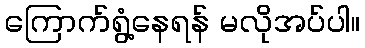
ကြောက်ရွံ့နေရန် မလိုအပ်ပါ။